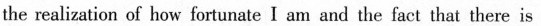
the rearzsuon cu nuw ioriunate I am and the laet that there s in